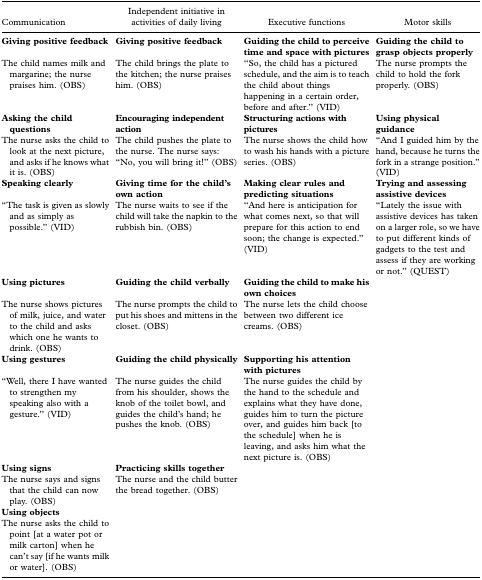
<table><thead><tr><td><b>Communication</b></td><td><b>Independent initiative in activities of daily living</b></td><td><b>Executive functions</b></td><td><b>Motor skills</b></td></tr></thead><tbody><tr><td><b>Giving positive feedback</b></td><td><b>Giving positive feedback</b></td><td><b>Guiding the child to perceive time and space with pictures</b></td><td><b>Guiding the child to grasp objects properly</b></td></tr><tr><td>The child names milk and margarine; the nurse praises him. (OBS)</td><td>The child brings the plate to the kitchen; the nurse praises him. (OBS)</td><td>“So, the child has a pictured schedule, and the aim is to teach the child about things happening in a certain order, before and after.” (VID)</td><td>The nurse prompts the child to hold the fork properly. (OBS)</td></tr><tr><td><b>Asking the child questions</b></td><td><b>Encouraging independent action</b></td><td><b>Structuring actions with pictures</b></td><td><b>Using physical guidance</b></td></tr><tr><td>The nurse asks the child to look at the next picture, and asks if he knows what it is. (OBS)</td><td>The child pushes the plate to the nurse. The nurse says: “No, you will bring it!” (OBS)</td><td>The nurse shows the child how to wash his hands with a picture series. (OBS)</td><td>“And I guided him by the hand, because he turns the fork in a strange position.” (VID)</td></tr><tr><td><b>Speaking clearly</b></td><td><b>Giving time for the child&#x27;s own action</b></td><td><b>Making clear rules and predicting situations</b></td><td><b>Trying and assessing assistive devices</b></td></tr><tr><td>“The task is given as slowly and as simply as possible.” (VID)</td><td>The nurse waits to see if the child will take the napkin to the rubbish bin. (OBS)</td><td>“And here is anticipation for what comes next, so that will prepare for this action to end soon; the change is expected.” (VID)</td><td>“Lately the issue with assistive devices has taken on a larger role, so we have to put different kinds of gadgets to the test and assess if they are working or not.” (QUEST)</td></tr><tr><td><b>Using pictures</b></td><td><b>Guiding the child verbally</b></td><td><b>Guiding the child to make his own choices</b></td><td></td></tr><tr><td>The nurse shows pictures of milk, juice, and water to the child and asks which one he wants to drink. (OBS)</td><td>The nurse prompts the child to put his shoes and mittens in the closet. (OBS)</td><td>The nurse lets the child choose between two different ice creams. (OBS)</td></tr><tr><td><b>Using gestures</b></td><td><b>Guiding the child physically</b></td><td><b>Supporting his attention with pictures</b></td><td></td></tr><tr><td>“Well, there I have wanted to strengthen my speaking also with a gesture.” (VID)</td><td>The nurse guides the child from his shoulder, shows the knob of the toilet bowl, and guides the child&#x27;s hand; he pushes the knob. (OBS)</td><td>The nurse guides the child by the hand to the schedule and explains what they have done, guides him to turn the picture over, and guides him back [to the schedule] when he is leaving, and asks him what the next picture is. (OBS)</td></tr><tr><td><b>Using signs</b></td><td><b>Practicing skills together</b></td><td></td><td></td></tr><tr><td>The nurse says and signs that the child can now play. (OBS)</td><td>The nurse and the child butter the bread together. (OBS)</td></tr><tr><td><b>Using objects</b></td><td></td><td></td><td></td></tr><tr><td>The nurse asks the child to point [at a water pot or milk carton] when he can&#x27;t say [if he wants milk or water]. (OBS)</td></tr></tbody></table>